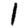
Digit: 1